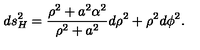
d s _ { H } ^ { 2 } = { \frac { \rho ^ { 2 } + a ^ { 2 } \alpha ^ { 2 } } { \rho ^ { 2 } + a ^ { 2 } } } d \rho ^ { 2 } + \rho ^ { 2 } d \phi ^ { 2 } .